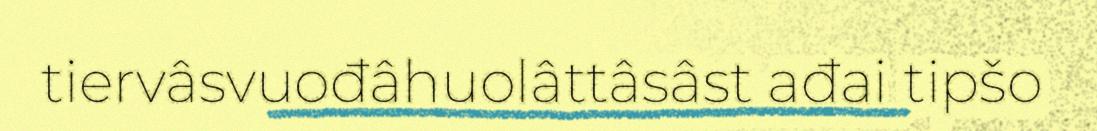
tiervâsvuođâhuolâttâsâst ađai tipšo